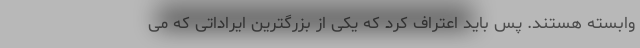
وابسته هستند. پس باید اعتراف کرد که یکی از بزرگترین ایراداتی که می